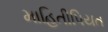
માહિતીપિયત